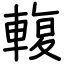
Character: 輹